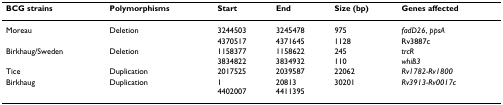
<table><thead><tr><td><b>BCG strains</b></td><td><b>Polymorphisms</b></td><td><b>Start</b></td><td><b>End</b></td><td><b>Size (bp)</b></td><td><b>Genes affected</b></td></tr></thead><tbody><tr><td>Moreau</td><td>Deletion</td><td>3244503</td><td>3245478</td><td>975</td><td><i>fadD26</i>, <i>ppsA</i></td></tr><tr><td></td><td></td><td>4370517</td><td>4371645</td><td>1128</td><td>Rv3887c</td></tr><tr><td>Birkhaug/Sweden</td><td>Deletion</td><td>1158377</td><td>1158622</td><td>245</td><td><i>trcR</i></td></tr><tr><td></td><td></td><td>3834822</td><td>3834932</td><td>110</td><td><i>whiB3</i></td></tr><tr><td>Tice</td><td>Duplication</td><td>2017525</td><td>2039587</td><td>22062</td><td><i>Rv1782-Rv1800</i></td></tr><tr><td>Birkhaug</td><td>Duplication</td><td>14402007</td><td>208134411395</td><td>30201</td><td><i>Rv3913-Rv0017c</i></td></tr></tbody></table>